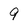
Character: 9